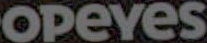
OPEYES